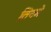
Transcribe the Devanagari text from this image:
तिनमे